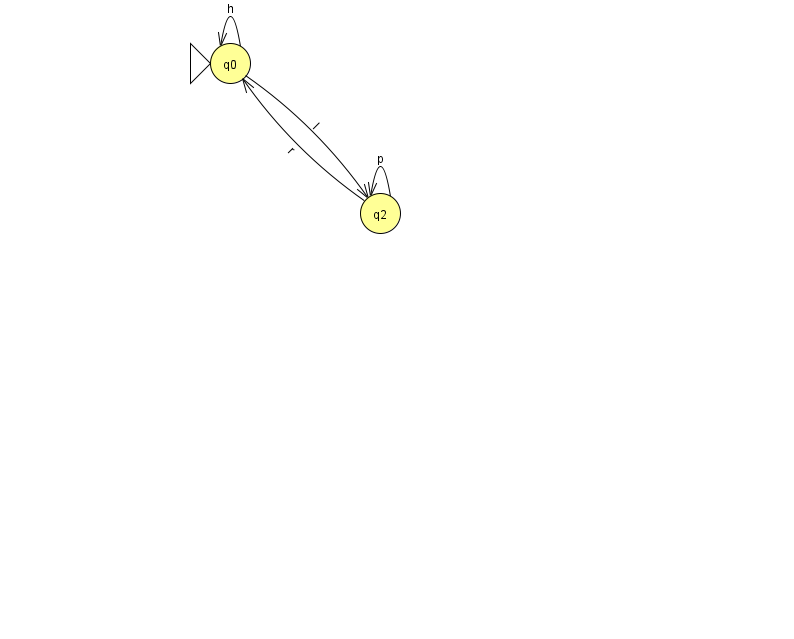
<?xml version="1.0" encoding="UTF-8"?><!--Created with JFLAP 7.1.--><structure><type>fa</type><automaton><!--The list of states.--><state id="0" name="q0"><x>230.0</x><y>50.0</y><initial/></state><state id="2" name="q2"><x>380.0</x><y>200.0</y></state><!--The list of transitions.--><transition><from>2</from><to>2</to><read>p</read></transition><transition><from>0</from><to>2</to><read>l</read></transition><transition><from>0</from><to>0</to><read>h</read></transition><transition><from>2</from><to>0</to><read>r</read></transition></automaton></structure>